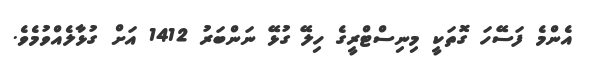
އެންމެ ފަސޭހަ ގޮތަކީ މިނިސްޓްރީގެ ހިލޭ ގުޅޭ ނަންބަރު 1412 އަށް ގުޅާލެއްވުމެވެ.